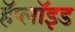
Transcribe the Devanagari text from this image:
हॅप्लॉइड